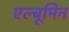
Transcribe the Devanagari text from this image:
एल्बूमिन